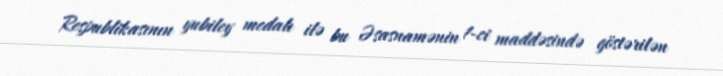
Respublikasının yubiley medalı ilə bu Əsasnamənin 1-ci maddəsində göstərilən